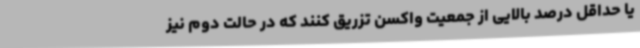
یا حداقل درصد بالایی از جمعیت واکسن تزریق کنند که در حالت دوم نیز